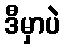
ဒီမှာပဲ